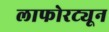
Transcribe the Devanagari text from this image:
लाफोरट्यून